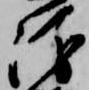
衛